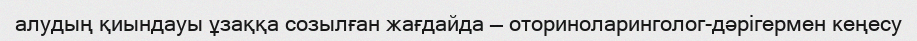
алудың қиындауы ұзаққа созылған жағдайда — оториноларинголог-дәрігермен кеңесу